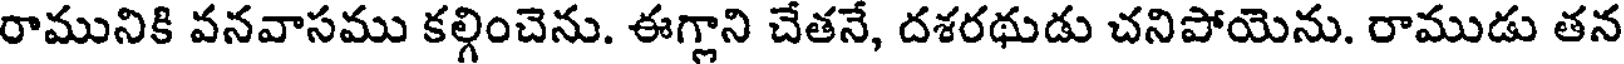
రామునికి వనవాసము కల్గించెను. ఈగ్లాని చేతనే, దశరథుడు చనిపోయెను. రాముడు తన